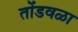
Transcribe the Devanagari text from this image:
तोंडवळा